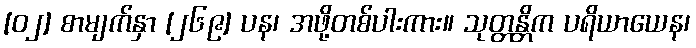
[၀၂] စာမျက်နှာ [၂၆၉] ပန၊ အဖို့တစ်ပါးကား။ သုတ္တန္တိက ပရိယာယေန၊